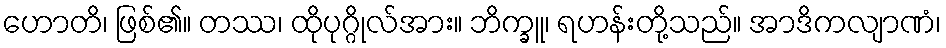
ဟောတိ၊ ဖြစ်၏။ တဿ၊ ထိုပုဂ္ဂိုလ်အား။ ဘိက္ခူ၊ ရဟန်းတို့သည်။ အာဒိကလျာဏံ၊